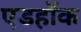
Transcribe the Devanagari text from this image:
एडहॉक